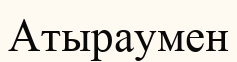
Атыраумен